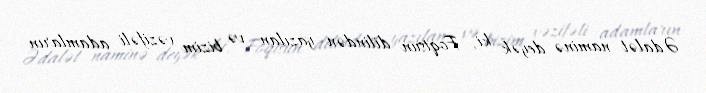
Ədalət naminə deyək ki, Foqtsun dilindən yazılan və bizim vəzifəli adamların